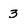
Character: 3